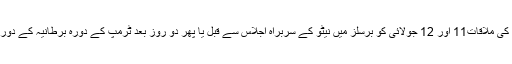
دونوں سربراہان کی ملاقات11 اور 12 جولائی کو برسلز میں نیٹو کے سربراہ اجلاس سے قبل یا پھر دو روز بعد ٹرمپ کے دورہ برطانیہ کے دوران ہو سکتی ہے۔